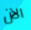
الآن